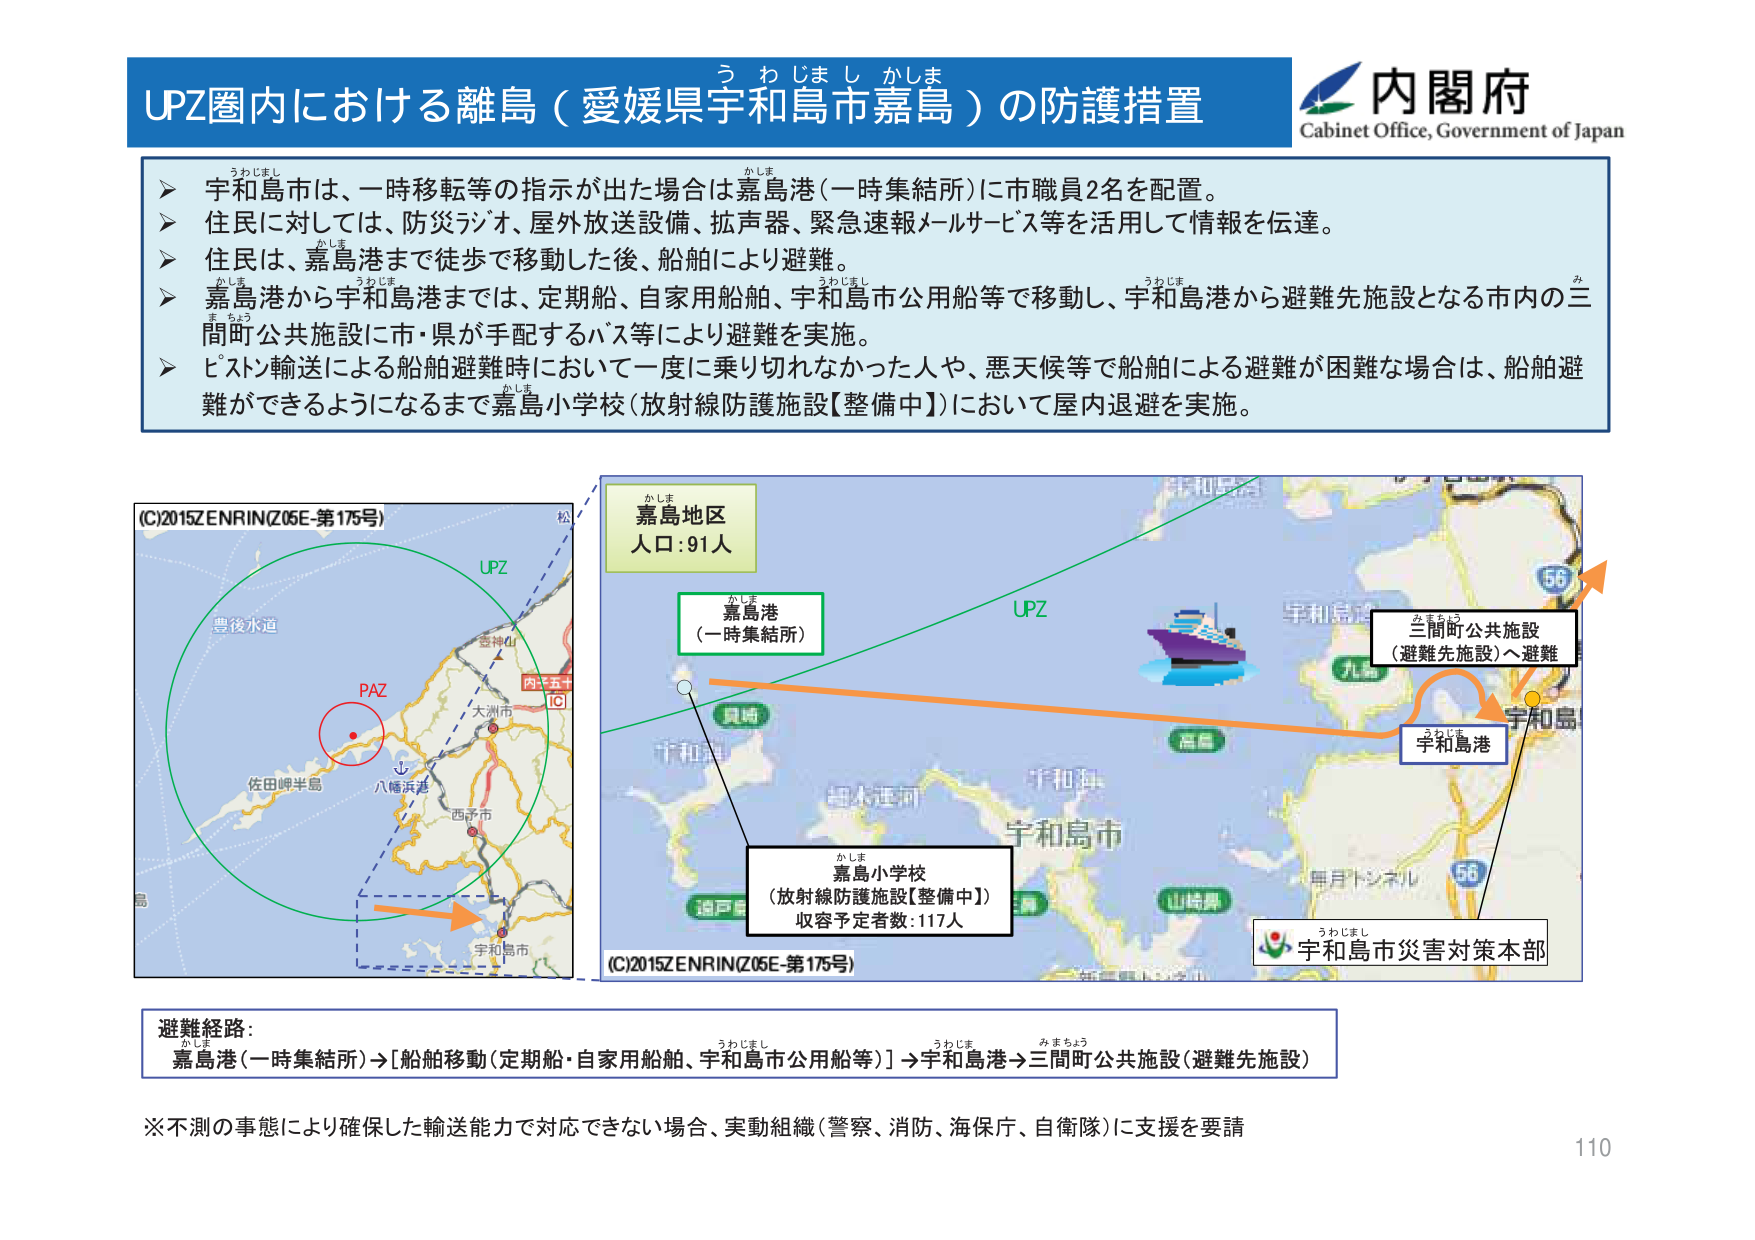
UPZ圏内における離島（愛媛県宇和島市嘉島）の防護措置
う わ じ ま し か し ま

内閣府
Cabinet Office, Government of Japan

▶ 宇和島市は、一時移転等の指示が出た場合は嘉島港（一時集結所）に市職員2名を配置。
▶ 住民に対しては、防災ジオ、屋外放送設備、拡声器、緊急速報メールサービス等を活用して情報を伝達。
▶ 住民は、嘉島港まで徒歩で移動した後、船舶により避難。
▶ 嘉島港から宇和島港までは、定期船、自家用船舶、宇和島市公用船等で移動し、宇和島港から避難先施設となる市内の三間町公共施設に市・県が手配するバス等により避難を実施。
▶ ピストン輸送による船舶避難時において一度に乗り切れなかった人や、悪天候等で船舶による避難が困難な場合は、船舶避難ができるようになるまで嘉島小学校（放射線防護施設【整備中】）において屋内退避を実施。

(C)2015ZENRIN(Z05E-第175号)
豊後水道
UPZ
PAZ
佐田岬半島
八幡浜港
大洲市
西予市
宇和島市
松

嘉島地区
人口：91人
かしま

嘉島港
（一時集結所）
かしま

UPZ
宇和島市
宇和島港
うわじま

三間町公共施設
（避難先施設）へ避難
みまちょう

嘉島小学校
（放射線防護施設【整備中】）
収容予定者数：117人
かしま

(C)2015ZENRIN(Z05E-第175号)
毎月トンネル
56
56
宇和島市災害対策本部
うわじまし

避難経路：
嘉島港（一時集結所）→［船舶移動（定期船・自家用船舶、宇和島市公用船等）］→宇和島港→三間町公共施設（避難先施設）
かしま
うわじまし
うわじま
みまちょう

※不測の事態により確保した輸送能力で対応できない場合、実動組織（警察、消防、海保庁、自衛隊）に支援を要請

110